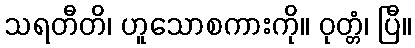
သရတီတိ၊ ဟူသောစကားကို။ ဝုတ္တံ၊ ပြီ။